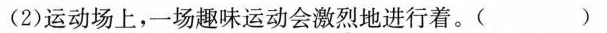
(2)运动场上，一场趣味运动会激烈地进行着。( )